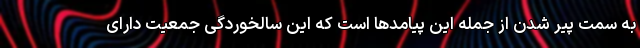
به سمت پیر شدن از جمله این پیامدها است که این سالخوردگی جمعیت دارای